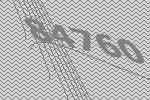
84760